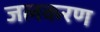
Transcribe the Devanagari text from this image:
जलकरण